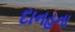
દાનહના